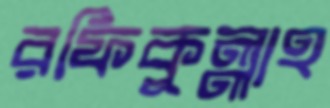
রফিকুল্লাহ